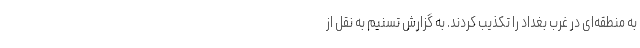
به منطقه‌ای در غرب بغداد را تکذیب کردند. به گزارش تسنیم به نقل از